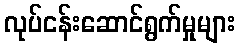
လုပ်ငန်းဆောင်ရွက်မှုများ